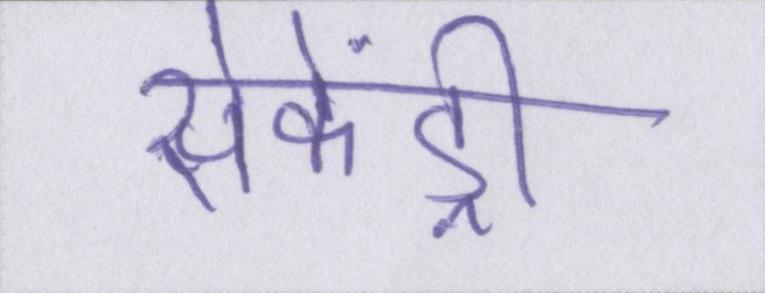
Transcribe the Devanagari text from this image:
सेकेंड्री